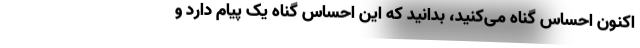
اکنون احساس گناه می‌کنید، بدانید که این احساس گناه یک پیام دارد و